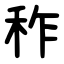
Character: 秨